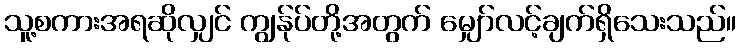
သူ့စကားအရဆိုလျှင် ကျွန်ုပ်တို့အတွက် မျှော်လင့်ချက်ရှိသေးသည်။